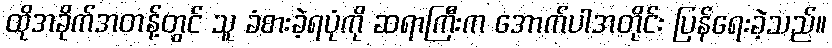
ထိုအခိုက်အတန့်တွင် သူ ခံစားခဲ့ရပုံကို ဆရာကြီးက အောက်ပါအတိုင်း ပြန်ရေးခဲ့သည်။